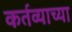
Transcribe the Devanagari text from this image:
कर्तव्याच्या